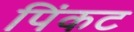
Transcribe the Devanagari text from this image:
पिंकट